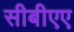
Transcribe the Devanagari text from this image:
सीबीएए